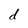
Character: d